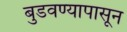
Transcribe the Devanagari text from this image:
बुडवण्यापासून